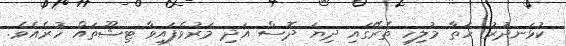
ކުޅަނދުރު ހަތާ މުލިހި ތެރޭގައި ދިޔަ ދޮސް އަދި މަރުވެފައިވާ ޓިޝޫތައް ހުރެއެވެ.